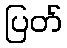
ပြတ်